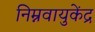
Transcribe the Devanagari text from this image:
निम्नवायुकेंद्र